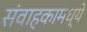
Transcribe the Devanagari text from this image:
संवाहकामध्ये